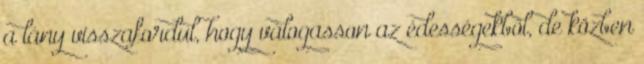
a lány visszafordul, hogy válogasson az édességekből, de közben